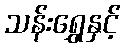
သန်းရွှေနှင့်